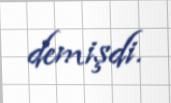
demişdi.